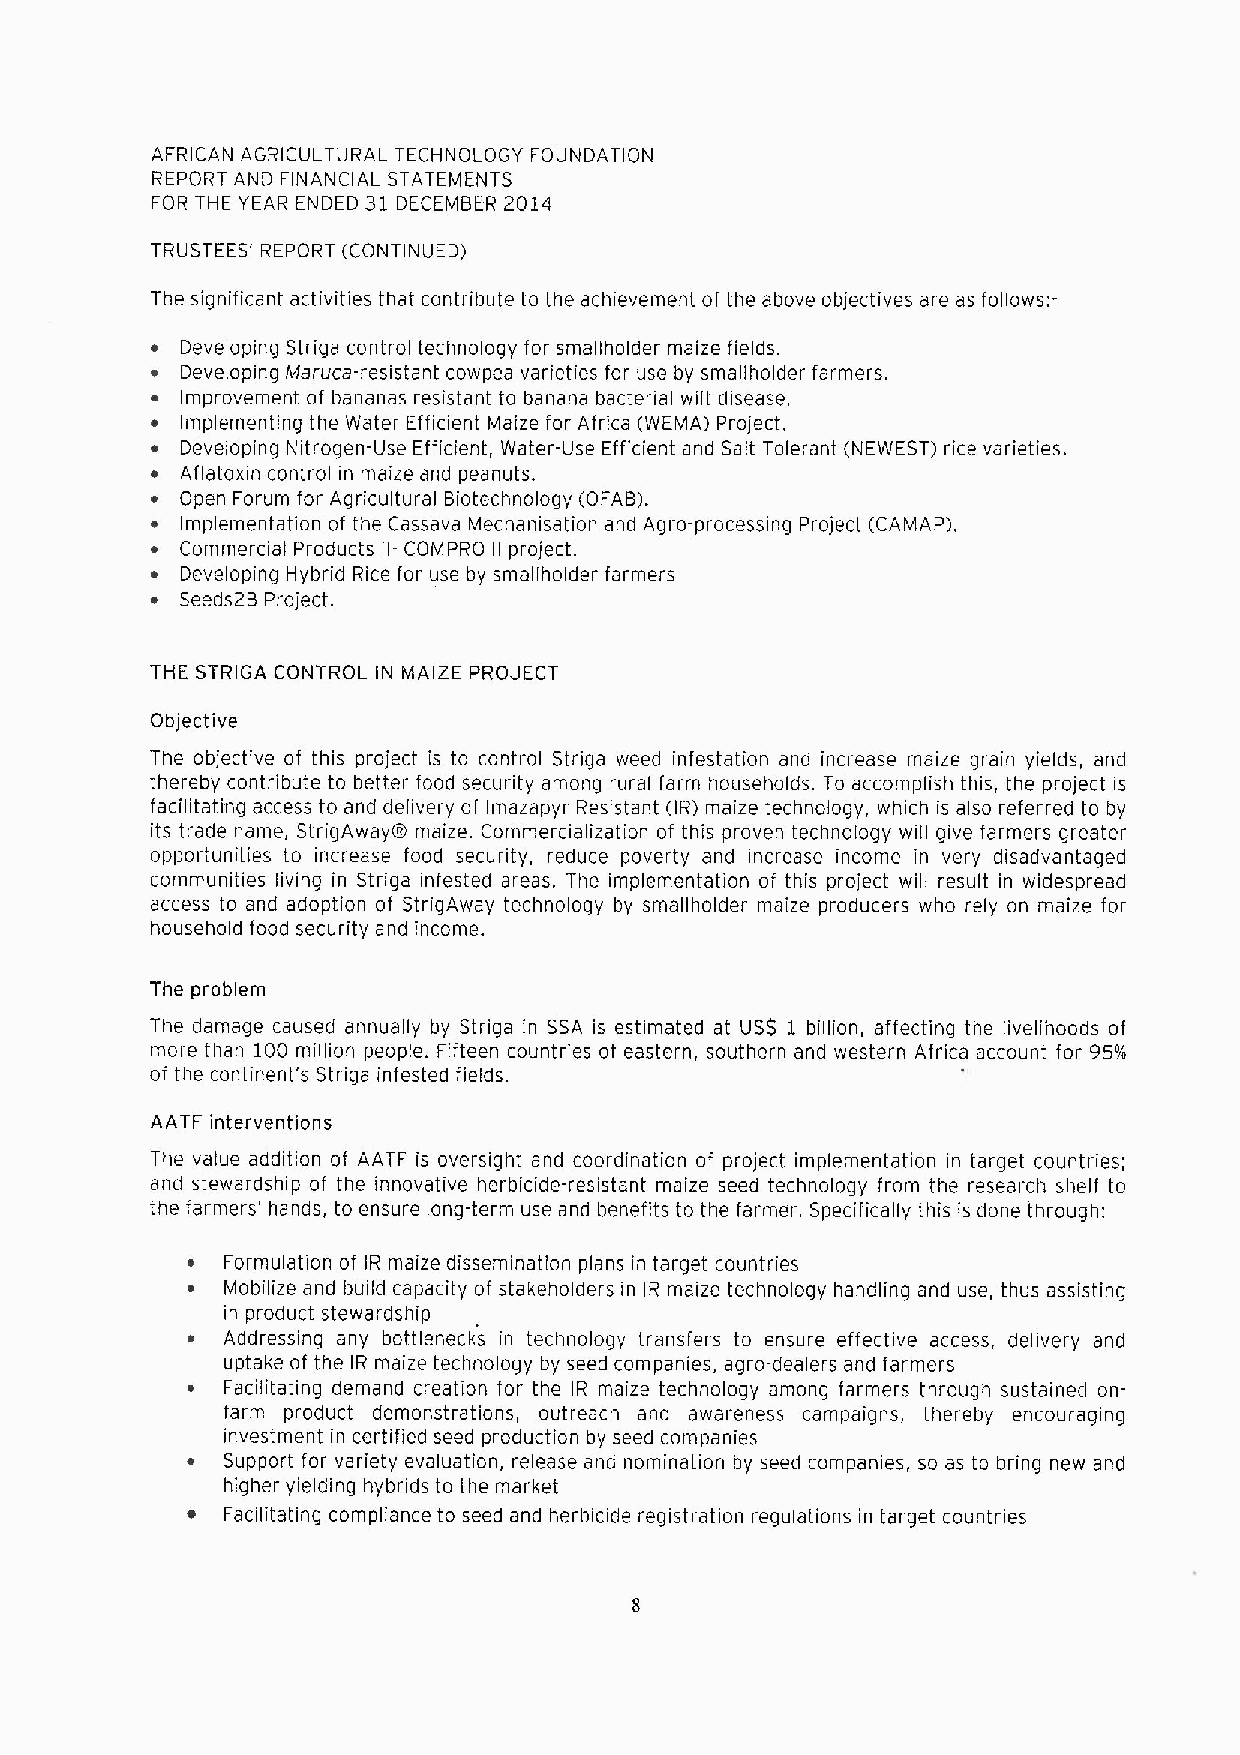
AFRICAN AGRICULTLIRAL TECHNOLOGY FOLINDATION
 REPORT AND FINANCIAL STATEMENTS
 FOR THE YEAR ENDED 31 DECEMBER 2014
 TRLISTEES' REPORT (CONTINUED)
 The significant activities that contribute to the achievement of the above objectives are as follows:-
 ~ Developing Striga control technology for smallholder maize fields.
 ~ Developing Maruca-resistant cowpea varieties for use by smallholder farmers,
 ~ Improvement of bananas resistant to banana bacterial wilt disease,
 ~ Implementing the Water Efficient Maize for Africa (WEMA) Project.
 ~ Developing Nitrogen-Use Efficient, Water-Use Efficient and Salt Tolerant (NEWEST) rice varieties.
 ~ Aflatoxin control in maize and peanuts.
 ~ Open Forum for Agricultural Biotechnology (OFAB).
 ~ Implementation of the Cassava Mechanisation and Agro-processing Project (CAMAP).
 ~ Commercial Products II- COMPRO II project.
 ~ Developing Hybrid Rice for use by smallholder farmers
 ~ Seeds2B Project.
 THE STRIGA CONTROL IN MAIZE PROJECT
 Objective
 The objective of this project is to control Striga weed infestation and increase maize grain yields, and
 thereby contribute to better food security among rural farm households. To accomplish this, the project is
 facilitating access to and delivery of Imazapyr Resistant (IR) maize technoloqy, which is also referred to by
 its trade name, StrigAway maize. Commercialization of this proven technology will give farmers qreater
 opportunities to increase food security, reduce poverty and increase income in very disadvantaged
 communities living in Striga infested areas. The implementation of this project will result in widespread
 access to and adoption of StriqAway technology by smallholder maize producers who rely on maize for
 household food security and income.
 The problem
 The damaqe caused annually by Striqa in SSA is estimated at USS 1 billion, affecting the livelihoods of
 more than 100 million people. Fifteen countries of eastern, southern and western Africa account for 95'/o
 of the continent's Striga infested fields.
 AATF interventions
 The value addition of AATF is oversight and coordination of project implementation in target countries;
 and stewardship of the innovative herbicide-resistant maize seed technology from the research shelf to
 the farmers' hands, to ensure long-term use and benefits to the farmer. Specifically this is done through:
 Formulation of IR maize dissemination plans in target countries
 Mobilize and build capacity of stakehoiders in IR maize technology handling and use, thus assisting
 in product stewardship
 Addressing any bottlenecks in technology transfers to ensure effective access, delivery and
 uptake of the IR maize technology by seed companies, aqro-dealeis and farmers
 Facilitating demand creation for the IR maize technology amonq farmers through sustained on-
 farm product demonstrations, outreach and awareness campaigns, thereby encouraging
 investment in certified seed production by seed companies
 Support for variety evaluation, release and nomination by seed companies, so as to bring new and
 higher yielding hybrids to the market
 Facilitatinq compliance to seed and herbicide registration regulations in target countries